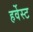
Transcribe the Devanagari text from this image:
हर्वेस्ट